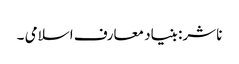
ناشر: بنیاد معارف اسلامی ۔